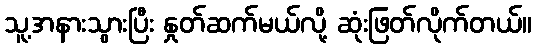
သူ့အနားသွားပြီး နှုတ်ဆက်မယ်လို့ ဆုံးဖြတ်လိုက်တယ်။